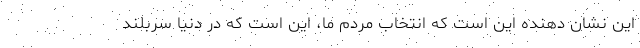
این نشان دهنده این است که انتخاب مردم ما، این است که در دنیا سربلند